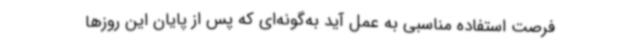
فرصت استفاده مناسبی به عمل آید به‌گونه‌ای که پس از پایان این روزها